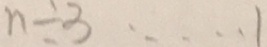
n \div 3 \cdots 1